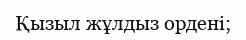
Қызыл жұлдыз ордені;